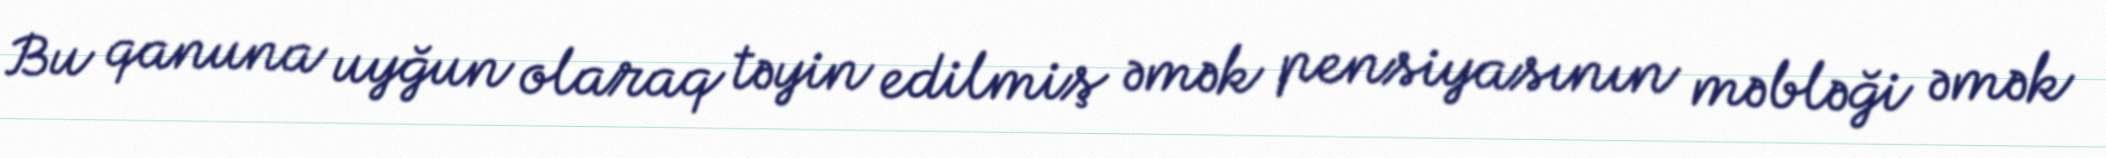
Bu qanuna uyğun olaraq təyin edilmiş əmək pensiyasının məbləği əmək